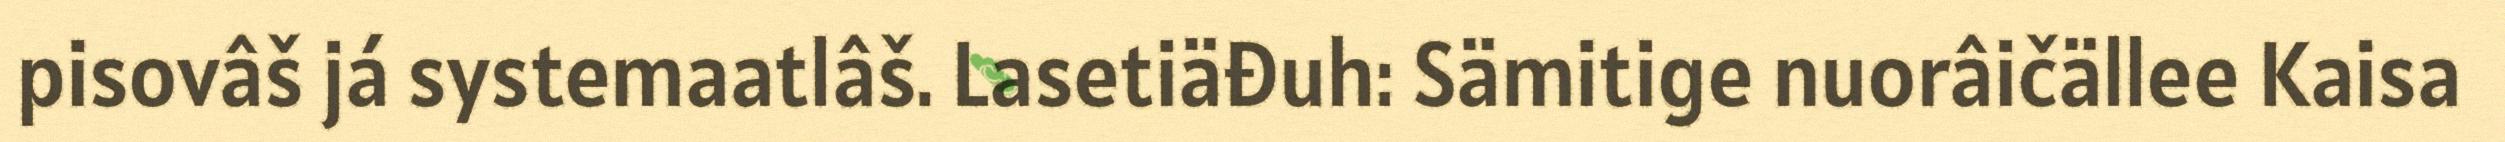
pisovâš já systemaatlâš. Lasetiäđuh: Sämitige nuorâičällee Kaisa